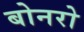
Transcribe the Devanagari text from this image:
बोनरो